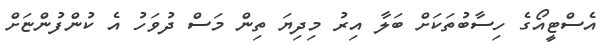
އެސްޓީއޯގެ ހިސާބުތަކަށް ބަލާ އިރު މިދިޔަ ތިން މަސް ދުވަހު އެ ކުންފުންޏަށް